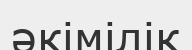
әкімілік